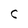
Character: c